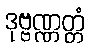
ဒုဗ္ဗဏ္ဏတ္တံ